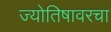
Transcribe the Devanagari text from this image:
ज्योतिषावरचा